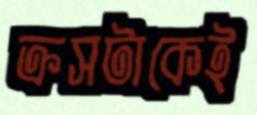
ক্রসটাকেই